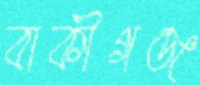
বাকীগঞ্জ